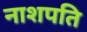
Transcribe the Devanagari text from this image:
नाशपति